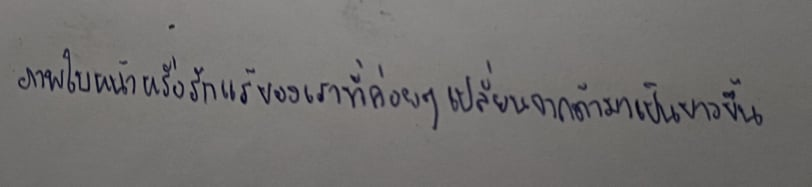
ภาพใบหน้าหรือรักแร้ของเราที่ค่อยๆเปลี่ยนจากดำมาเป็นขาวขึ้น